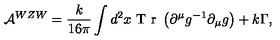
{ \cal A } ^ { W Z W } = \frac { k } { 1 6 \pi } \int d ^ { 2 } x \textrm { T r } \left( \partial ^ { \mu } g ^ { - 1 } \partial _ { \mu } g \right) + k \Gamma ,